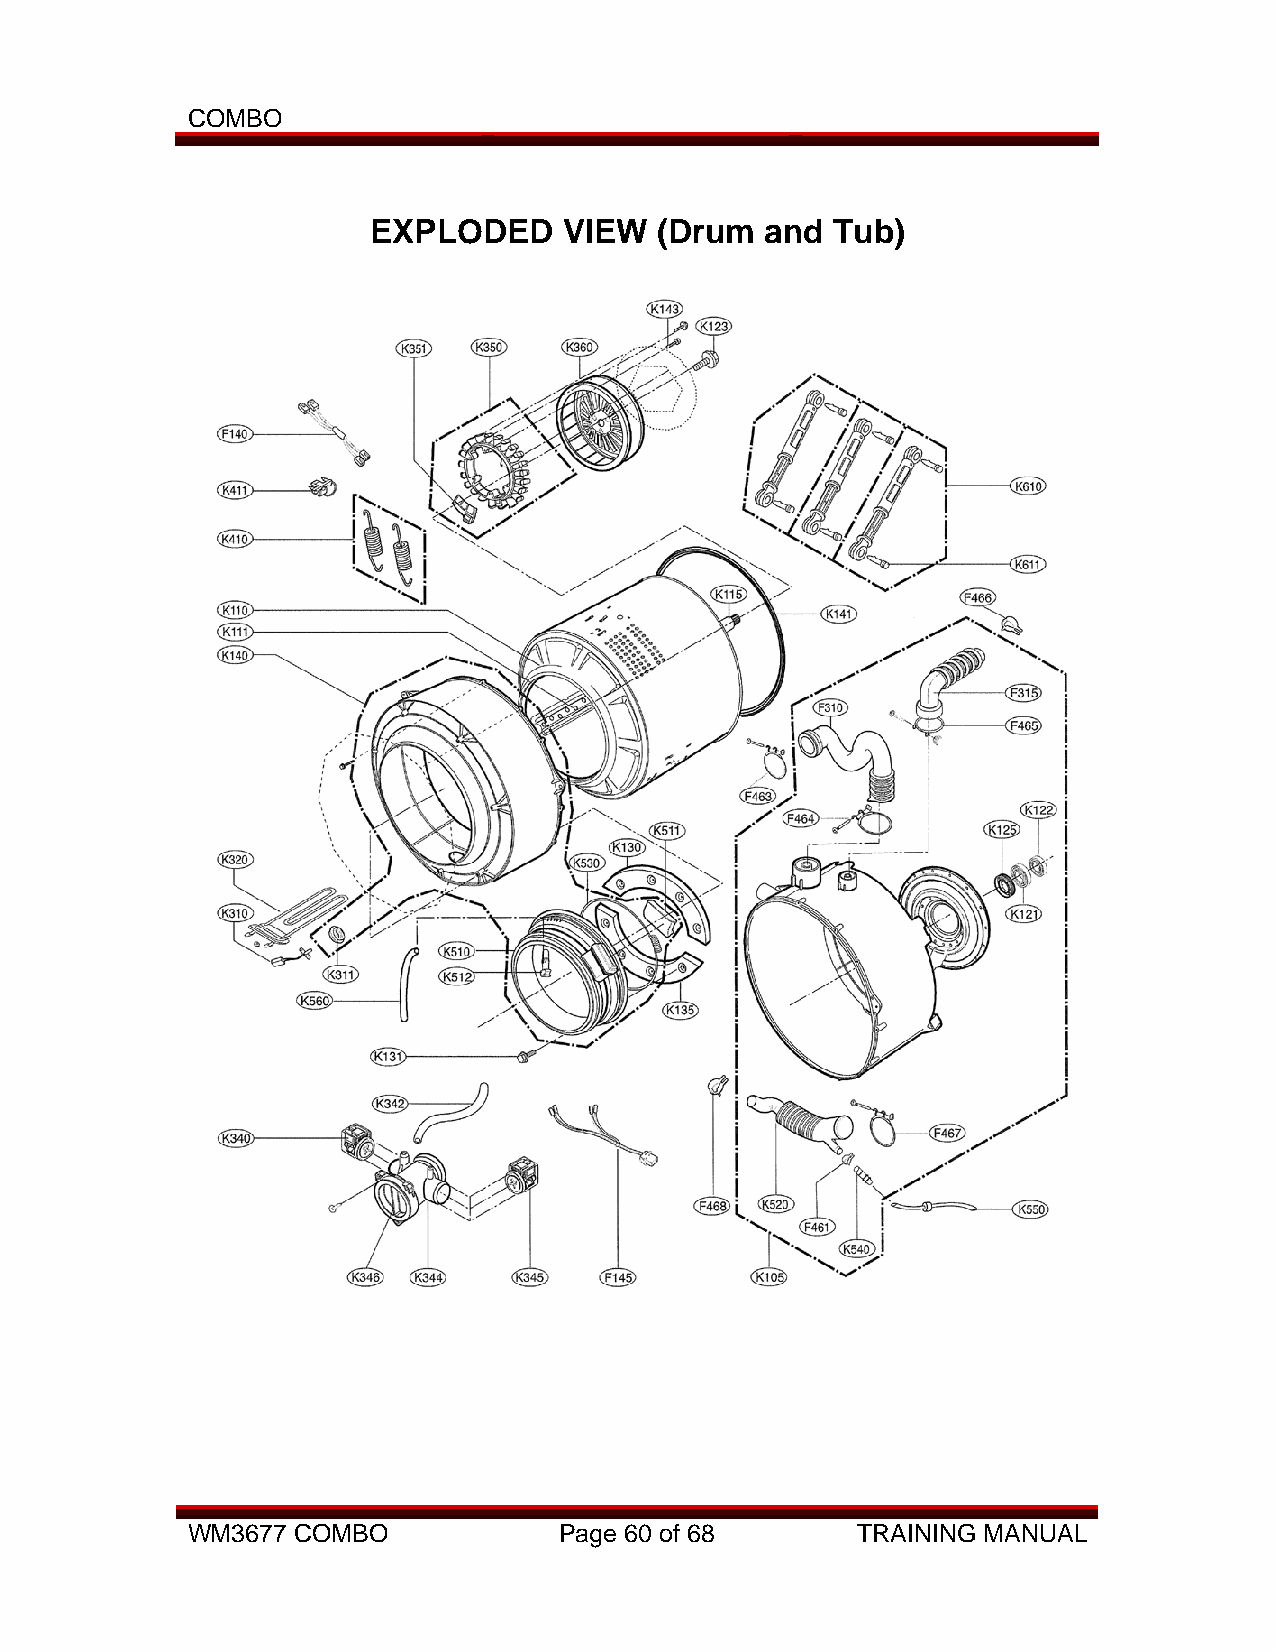
COMBO
 EXPLODED     VIEW  (Drum   and Tub)
 WM3677 COMBO             Page 60 of 68       TRAINING MANUAL